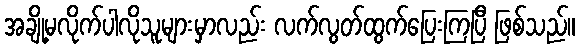
အချို့မလိုက်ပါလိုသူများမှာလည်း လက်လွတ်ထွက်ပြေးကြပြီ ဖြစ်သည်။